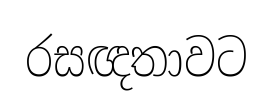
රසඥතාවට